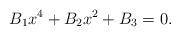
LaTeX: \begin{align*} B_1x^4+B_2x^2 + B_3=0.\end{align*}